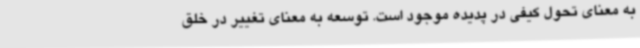
به معنای تحول کیفی در پدیده موجود است. توسعه به معنای تغییر در خلق‌